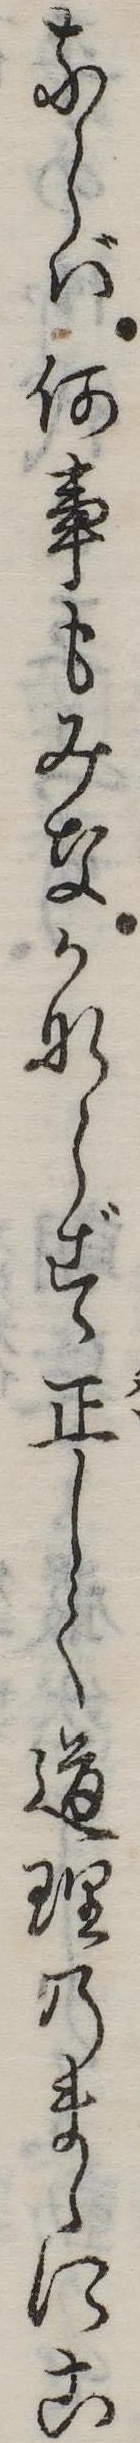
ならば何事もみなかならず正しく道理のまゝにこ